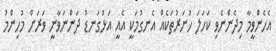
އެހެންވީމާ މިދެންނެވި ކަހަލަ ހުނަރުތަކެއް އެނގުމަކީ އެއީ އަޅުގަނޑު ދަންނަވާނީ ވަރަށް މުހިންމު